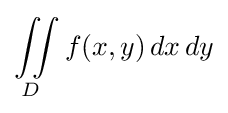
\iint \limits _{D}f(x,y)\,dx\,dy